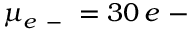
\mu _ { e \mathrm { ~ - ~ } } = 3 0 \, e \mathrm { ~ - ~ }